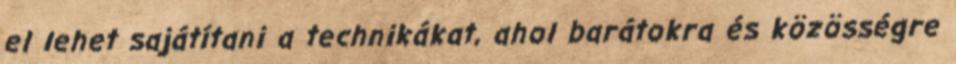
el lehet sajátítani a technikákat, ahol barátokra és közösségre